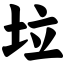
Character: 垃